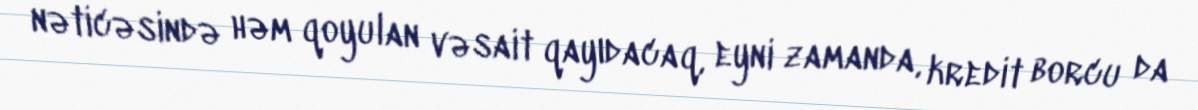
nəticəsində həm qoyulan vəsait qayıdacaq, eyni zamanda, kredit borcu da